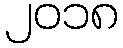
၂၀၁၈